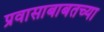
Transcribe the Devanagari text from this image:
प्रवासाबाबतच्या